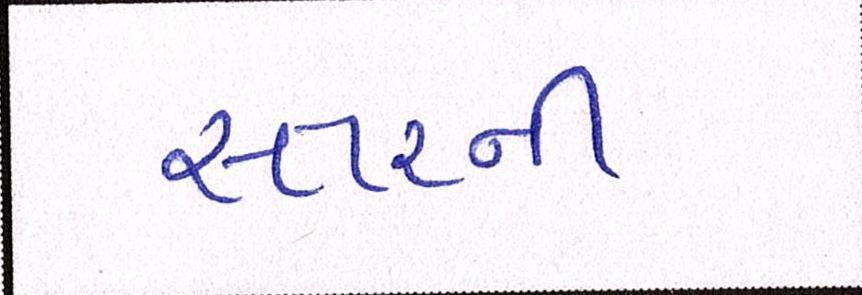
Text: સ્તરની